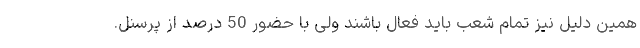
همین دلیل نیز تمام شعب باید فعال باشند ولی با حضور 50 درصد از پرسنل.